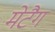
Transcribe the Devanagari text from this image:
मेटैग